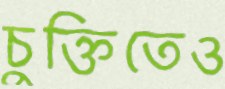
চুক্তিতেও